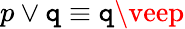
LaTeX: p\vee\mathtt{q}\equiv\mathtt{q}\veep